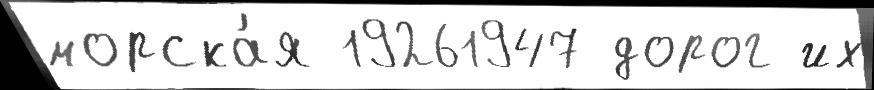
морска́я 19261947 дорог их